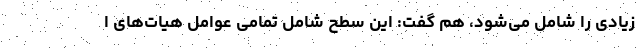
زیادی را شامل می‌شود، هم گفت: این سطح شامل تمامی عوامل هیات‌های ا